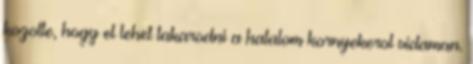
kozolte, hogy el lehet takarodni a hatalom kornyekerol vidaman.